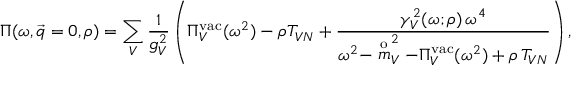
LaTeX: \Pi ( \omega , \vec { q } = 0 , \rho ) = \sum _ { V } \frac { 1 } { g _ { V } ^ { 2 } } \left( \Pi _ { V } ^ { \mathrm { v a c } } ( \omega ^ { 2 } ) - \rho T _ { V N } + \frac { \gamma _ { V } ^ { 2 } ( \omega ; \rho ) \, \omega ^ { 4 } } { \omega ^ { 2 } - \stackrel { \mathrm { o } } { m } _ { V } ^ { 2 } - \Pi _ { V } ^ { \mathrm { v a c } } ( \omega ^ { 2 } ) + \rho \, T _ { V N } } \right) ,